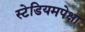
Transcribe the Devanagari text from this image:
स्टेडियमपेक्षा